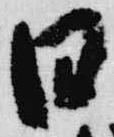
日